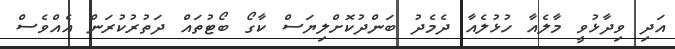
އަދި ވިދާޅުވީ މާލެއާ ހުޅުލެއާ ދެމެދު ބަންދުކޮށްލިޔަސް ކާގޯ ބޯޓުތައް ދަތުުރުކުރަން އެއްވެސް